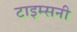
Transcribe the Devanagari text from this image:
टाइम्सनी